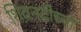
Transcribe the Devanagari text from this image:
शिवनदीच्या